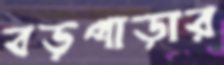
বড়পাড়ার